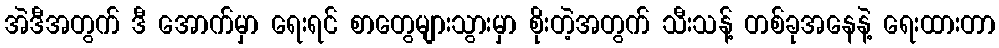
အဲဒီအတွက် ဒီ အောက်မှာ ရေးရင် စာတွေများသွားမှာ စိုးတဲ့အတွက် သီးသန့် တစ်ခုအနေနဲ့ ရေးထားတာ